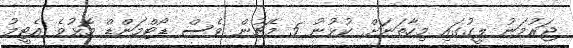
ޖަރުމަނު ލީގުގައި މިހާތަނަށް ކުޅުނު 5 މެޗުން ވެސް ޑޯޓްމަންޑް މޮޅުވެ އެޓީމު